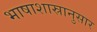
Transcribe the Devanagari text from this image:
भाषाशास्रानुसार